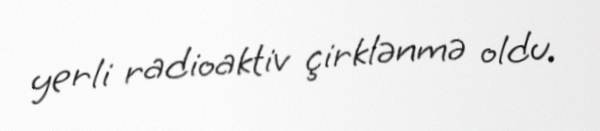
yerli radioaktiv çirklənmə oldu.